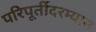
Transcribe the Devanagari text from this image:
परिपूर्तीदरम्यान